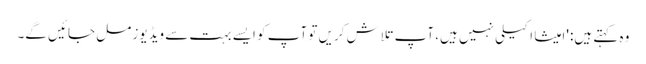
وہ کہتے ہیں: 'امیشا اکیلی نہیں ہیں، آپ تلاش کریں تو آپ کو ایسے بہت سے ویڈیوز مل جائیں گے۔